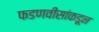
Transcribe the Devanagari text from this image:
फडणवीसांकडून